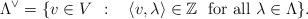
LaTeX: \begin{align*} \Lambda^\vee=\{v\in V~~\colon~~\left \langle v, \lambda \right \rangle \in \mathbb{Z}~~\textup{for all } \lambda \in \Lambda\}.\end{align*}